38_143685_box_Incident_Summaries_101-172
Agency: Department of War
Page 115
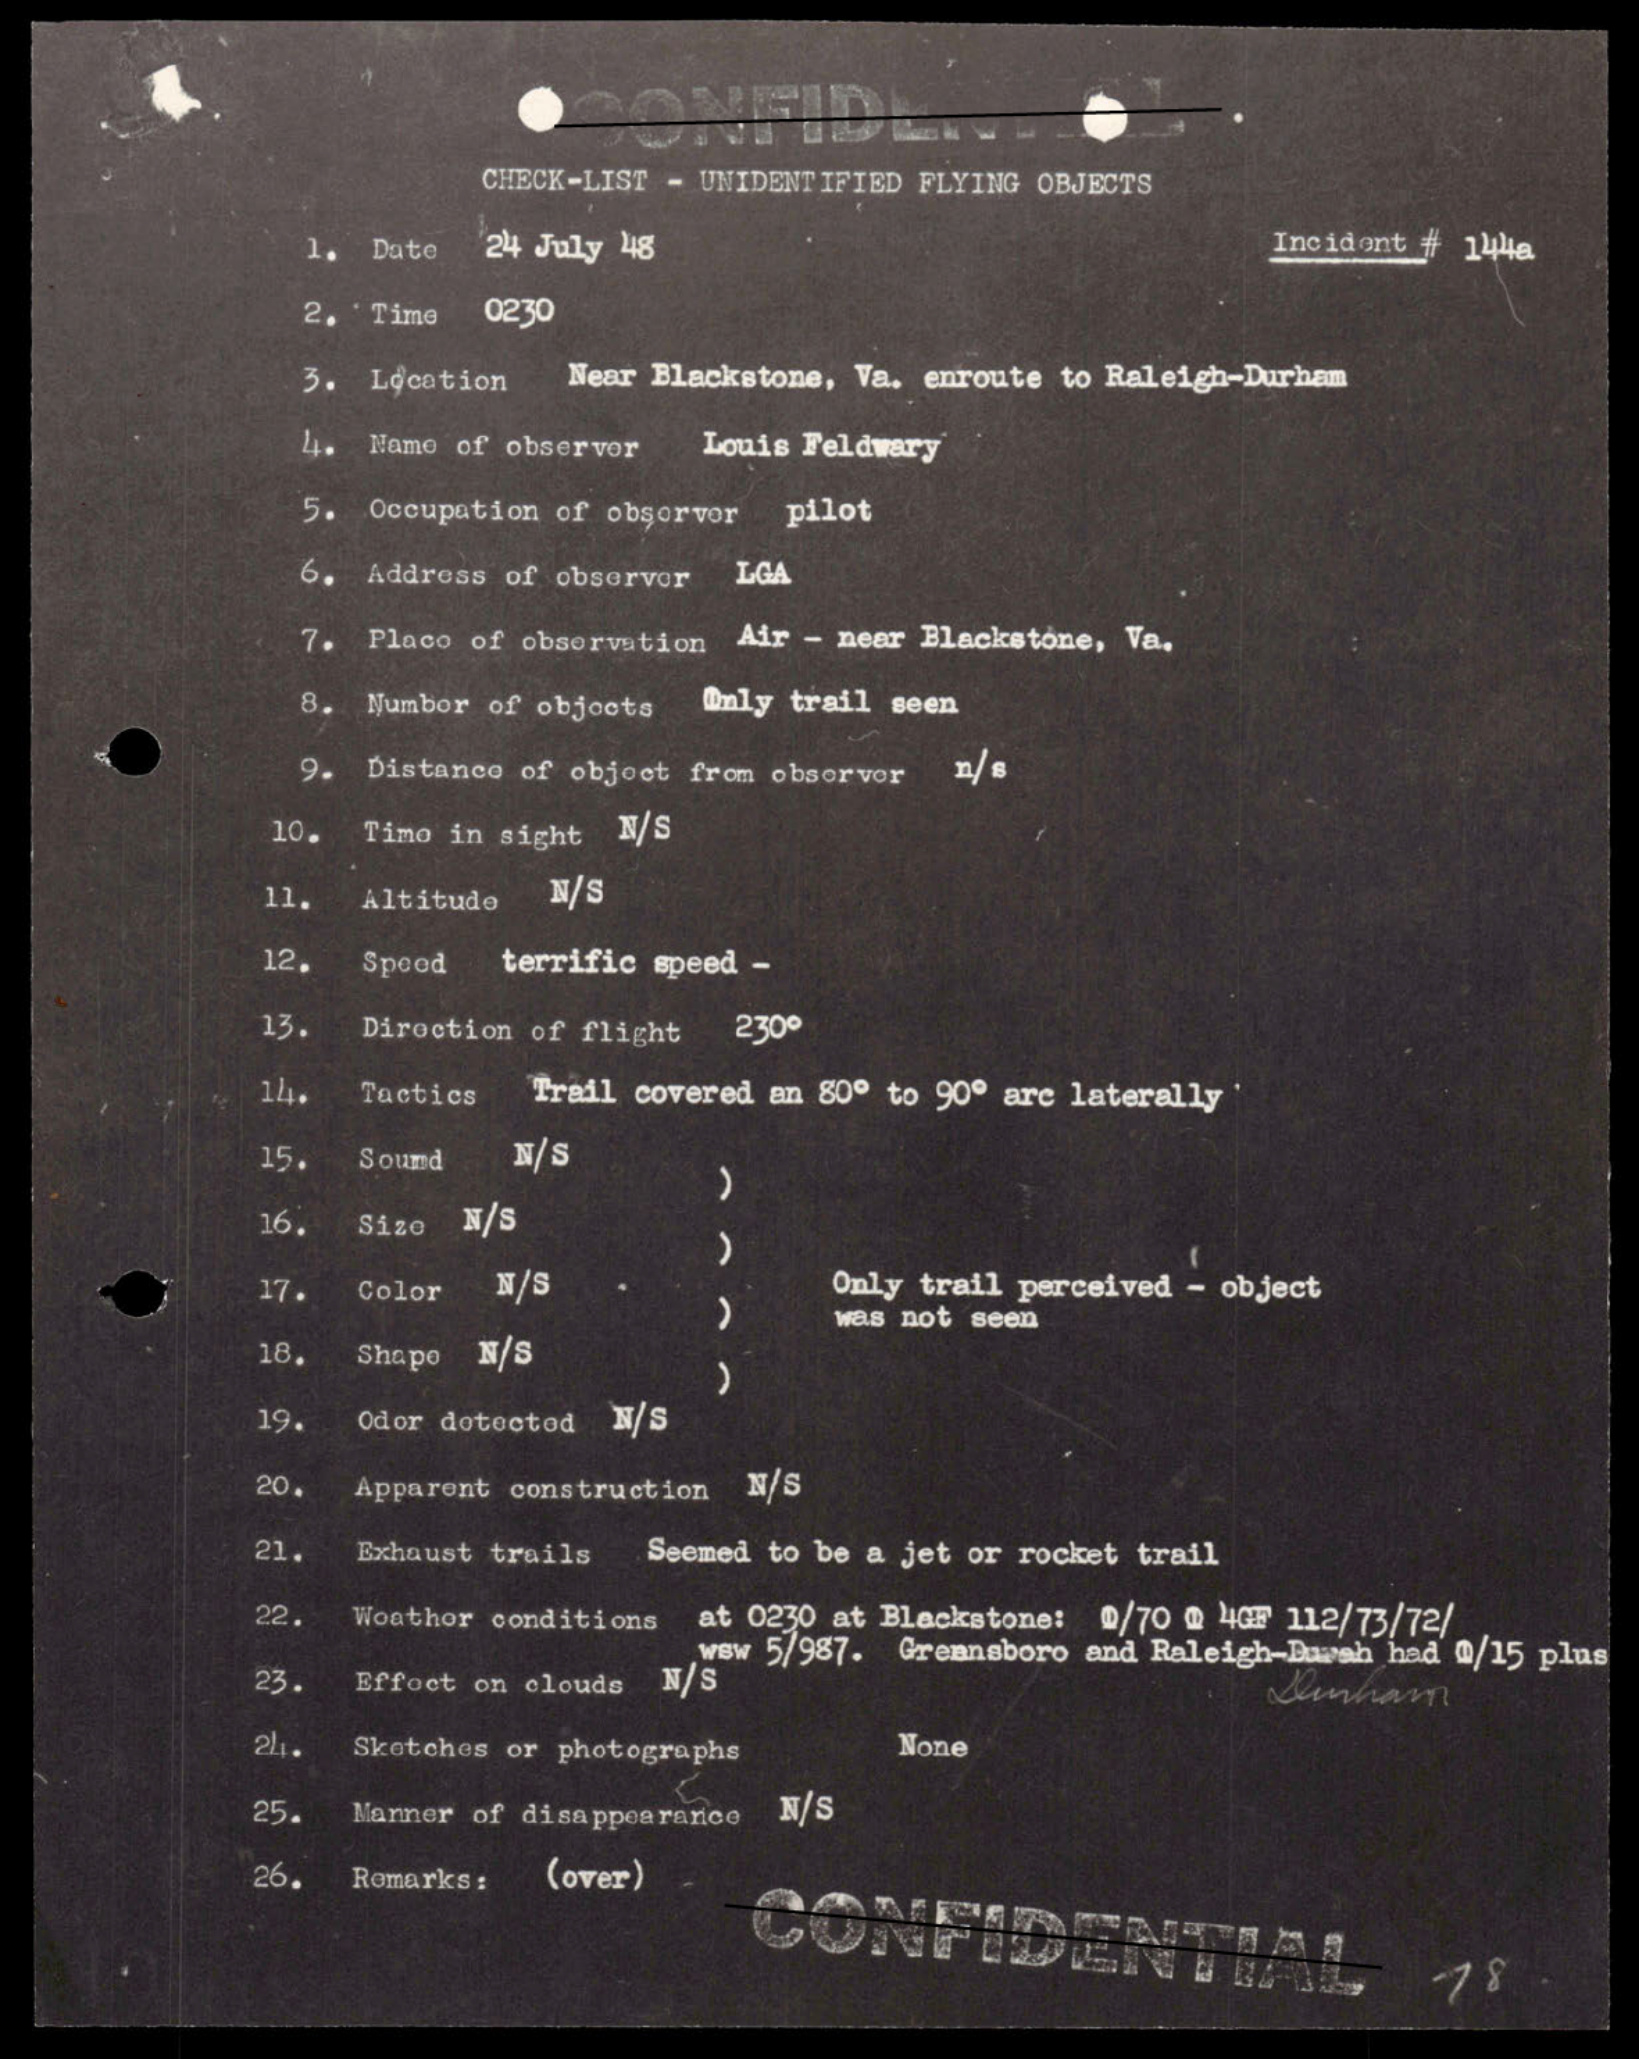